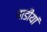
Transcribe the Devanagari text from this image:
गाडीयां